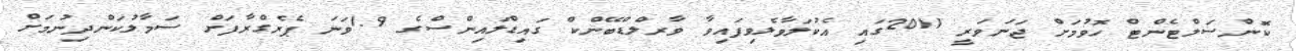
ކޮންސަލްޓެންޓް ހޮވުމަށް ޖަނަވަރީ 2011ގައި އެކުލަވާލެވިފައިވާ ވާރލްޑްބޭންކް ގައިޑްލައިންސްގެ 1.9ވަނަ ޕެރެގްރާފަށް ސަމާލުކަންދިނުމަށް